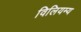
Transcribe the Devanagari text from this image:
विलियम्य